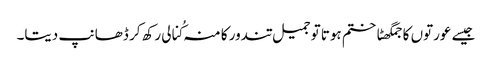
جیسے عورتوں کا جمگھٹاختم ہوتا توجمیل تندور کا منہ کُنالی رکھ کر ڈھانپ دیتا۔